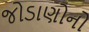
જોડાણોનો